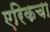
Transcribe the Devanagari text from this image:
एरिकचा